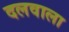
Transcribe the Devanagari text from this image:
दलवाला